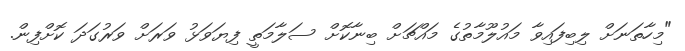
"މިހާތަނަށް ލިބިފައިވާ މައުލޫމާތުގެ މައްޗަށް ބިނާކޮށް ސަލާމަތީ ފިޔަވަޅު ވަރަށް ވަރުގަދަ ކޮށްފިން.